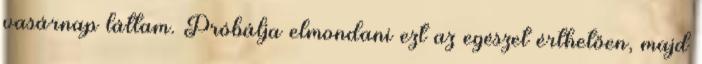
vasárnap láttam. Próbálja elmondani ezt az egészet érthetően, majd